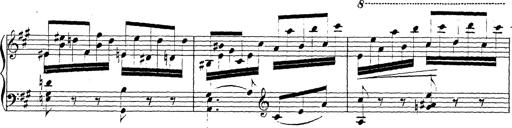
Title: Chanson bohÃ©mienne
Composer: Franz Liszt